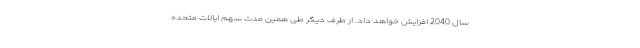
سال 2040 افزایش خواهد داد. از طرف دیگر طی همین مدت سهم ایالات متحده